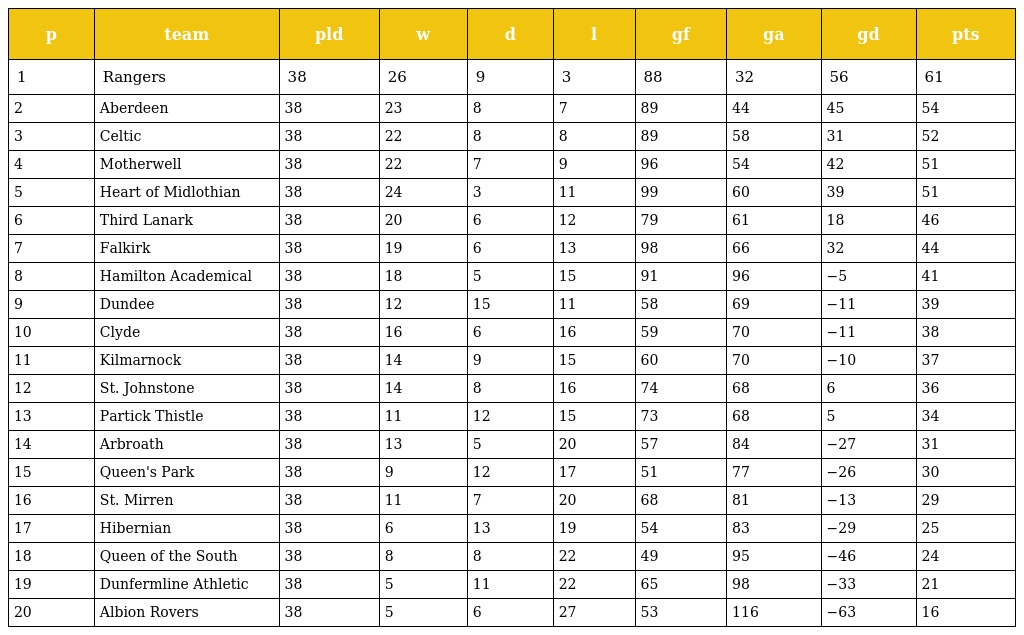
| p | team | pld | w | d | l | gf | ga | gd | pts |
 | --- | --- | --- | --- | --- | --- | --- | --- | --- | --- |
 | 1 | Rangers | 38 | 26 | 9 | 3 | 88 | 32 | 56 | 61 |
 | 2 | Aberdeen | 38 | 23 | 8 | 7 | 89 | 44 | 45 | 54 |
 | 3 | Celtic | 38 | 22 | 8 | 8 | 89 | 58 | 31 | 52 |
 | 4 | Motherwell | 38 | 22 | 7 | 9 | 96 | 54 | 42 | 51 |
 | 5 | Heart of Midlothian | 38 | 24 | 3 | 11 | 99 | 60 | 39 | 51 |
 | 6 | Third Lanark | 38 | 20 | 6 | 12 | 79 | 61 | 18 | 46 |
 | 7 | Falkirk | 38 | 19 | 6 | 13 | 98 | 66 | 32 | 44 |
 | 8 | Hamilton Academical | 38 | 18 | 5 | 15 | 91 | 96 | −5 | 41 |
 | 9 | Dundee | 38 | 12 | 15 | 11 | 58 | 69 | −11 | 39 |
 | 10 | Clyde | 38 | 16 | 6 | 16 | 59 | 70 | −11 | 38 |
 | 11 | Kilmarnock | 38 | 14 | 9 | 15 | 60 | 70 | −10 | 37 |
 | 12 | St. Johnstone | 38 | 14 | 8 | 16 | 74 | 68 | 6 | 36 |
 | 13 | Partick Thistle | 38 | 11 | 12 | 15 | 73 | 68 | 5 | 34 |
 | 14 | Arbroath | 38 | 13 | 5 | 20 | 57 | 84 | −27 | 31 |
 | 15 | Queen's Park | 38 | 9 | 12 | 17 | 51 | 77 | −26 | 30 |
 | 16 | St. Mirren | 38 | 11 | 7 | 20 | 68 | 81 | −13 | 29 |
 | 17 | Hibernian | 38 | 6 | 13 | 19 | 54 | 83 | −29 | 25 |
 | 18 | Queen of the South | 38 | 8 | 8 | 22 | 49 | 95 | −46 | 24 |
 | 19 | Dunfermline Athletic | 38 | 5 | 11 | 22 | 65 | 98 | −33 | 21 |
 | 20 | Albion Rovers | 38 | 5 | 6 | 27 | 53 | 116 | −63 | 16 |